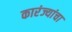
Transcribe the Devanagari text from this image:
कारंज्यांचा